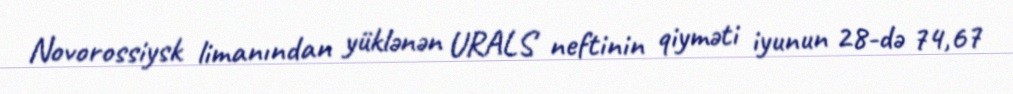
Novorossiysk limanından yüklənən URALS neftinin qiyməti iyunun 28-də 74,67